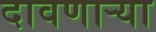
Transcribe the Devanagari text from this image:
दावणाऱ्या